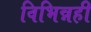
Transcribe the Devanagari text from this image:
विभिन्नही